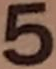
5